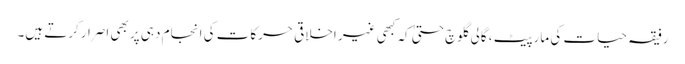
رفیقہ حیات کی مارپیٹ ، گالی گلوچ حتیٰ کہ کبھی غیر اخلاقی حرکات کی انجام دہی پر بھی اصرارکرتے ہیں۔